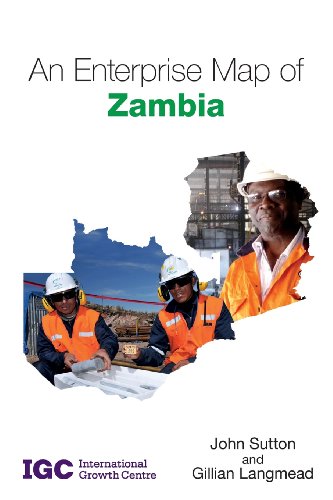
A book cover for An Enterprise Map of Zambia; John Sutton; Travel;